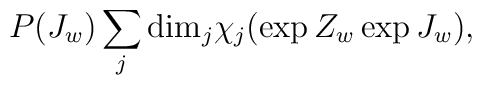
P(J_w) \sum_{j} {\rm dim}_{j}  \chi_{j}(\exp{Z_w}\exp{J_w}),